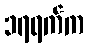
၁၇ရက်က